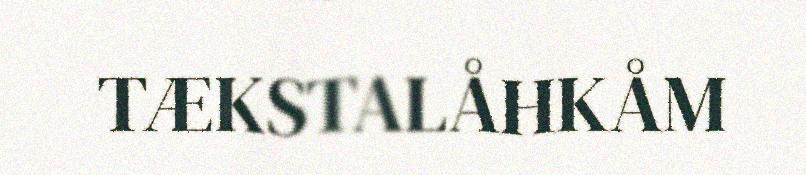
TÆKSTALÅHKÅM